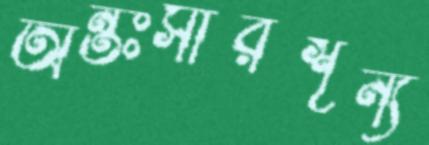
অন্তঃসারশূন্য